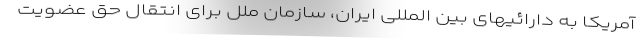
آمریکا به دارائیهای بین المللی ایران، سازمان ملل برای انتقال حق عضویت